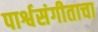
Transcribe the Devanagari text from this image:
पार्श्वसंगीताचा